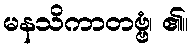
မနသိကာတဗ္ဗံ၊ ၏။